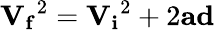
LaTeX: {\mathbf{V_{f}}}^{2}={\mathbf{V_{i}}}^{2}+2{\mathbf{a}}\mathbf{d}